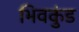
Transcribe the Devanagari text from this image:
भिवकुंड